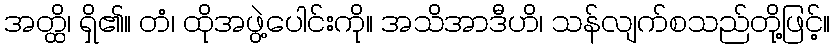
အတ္ထိ၊ ရှိ၏။ တံ၊ ထိုအဖွဲ့ပေါင်းကို။ အသိအာဒီဟိ၊ သန်လျက်စသည်တို့ဖြင့်။